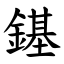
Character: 䥓